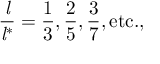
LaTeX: { \frac { \mathit { l } } { { \mathit { l } } ^ { * } } } = { \frac { 1 } { 3 } } , { \frac { 2 } { 5 } } , { \frac { 3 } { 7 } } , { \mathrm { e t c . , } }